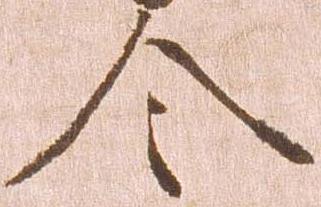
令